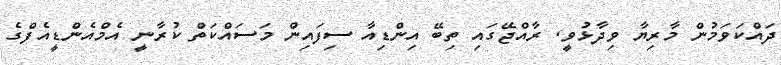
ދައްކަވަމުން މާރިޔާ ވިދާޅުވީ